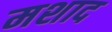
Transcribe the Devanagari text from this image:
मशाद